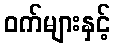
ဝက်များနှင့်